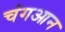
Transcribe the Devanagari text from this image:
चंगआन